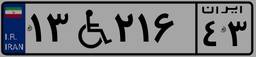
۱۵W۴۱۷۲۴